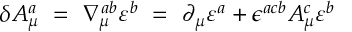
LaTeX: \delta A _ { \mu } ^ { a } \ = \ \nabla _ { \mu } ^ { a b } \varepsilon ^ { b } \ = \ \partial _ { \mu } \varepsilon ^ { a } + \epsilon ^ { a c b } A _ { \mu } ^ { c } \varepsilon ^ { b }